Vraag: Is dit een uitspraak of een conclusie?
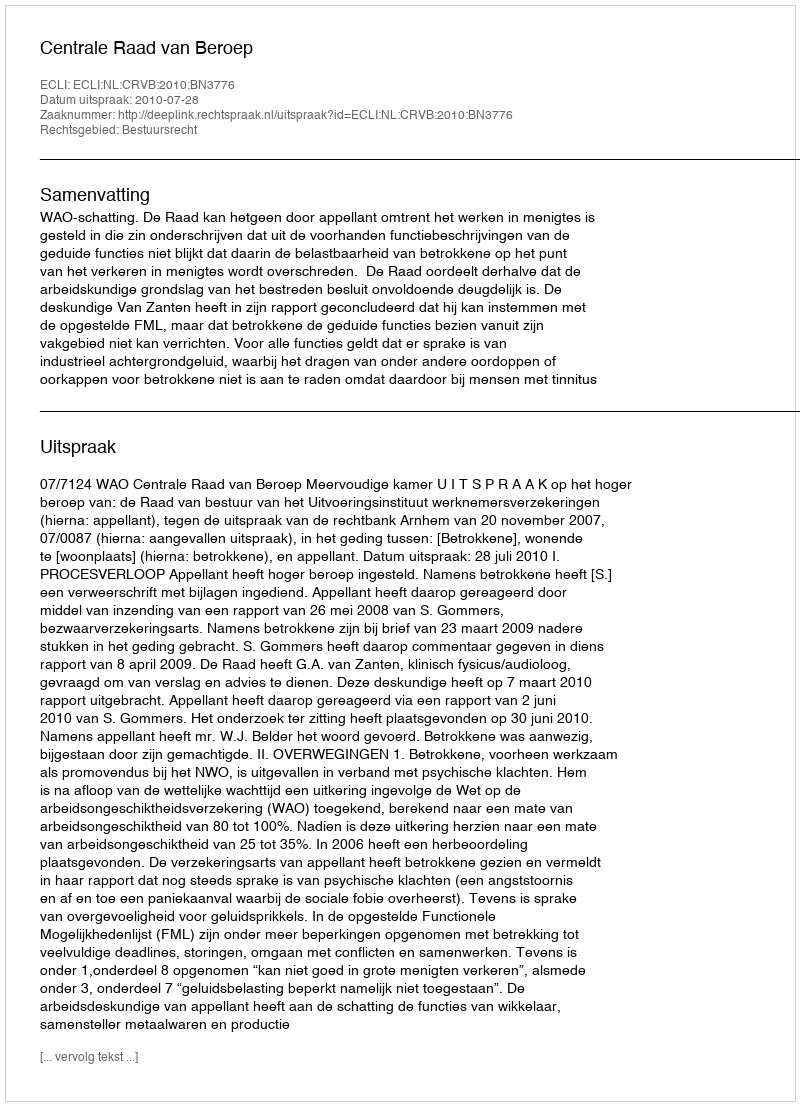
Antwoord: Uitspraak